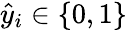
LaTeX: \hat{y}_{i}\in\{ 0,1\}